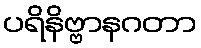
ပရိနိဗ္ဗာနဂတာ